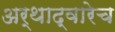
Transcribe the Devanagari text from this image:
अर्थाद्वारेच